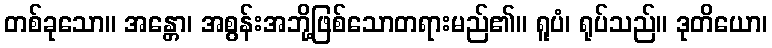
တစ်ခုသော။ အန္တော၊ အစွန်းအဘို့ဖြစ်သောတရားမည်၏။ ရူပံ၊ ရုပ်သည်။ ဒုတိယော၊